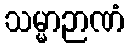
သမ္မာဉာဏံ